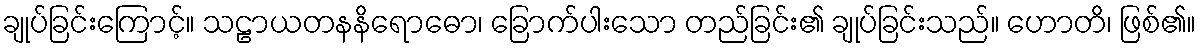
ချုပ်ခြင်းကြောင့်။ သဠာယတနနိရောဓော၊ ခြောက်ပါးသော တည်ခြင်း၏ ချုပ်ခြင်းသည်။ ဟောတိ၊ ဖြစ်၏။